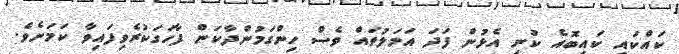
ކައްކައި ކައިބޮއެ ކުނި އެޅުން ފަދަ އަމަލުތައް ވެސް ހިންގަމުންދާކަން ފާހަގަކުރެވިފައިވާ ކަމަށެވެ.